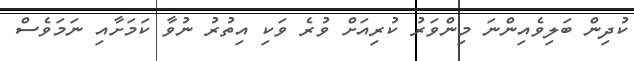
ކުދިން ބަލިވެއިންނަ މިންވަރު ކުރިއަށް ވުރެ ވަކި އިތުރު ނުވާ ކަމަށާއި ނަމަވެސް